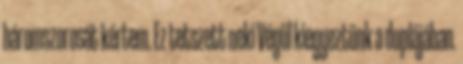
háromszorosát kértem. Ez tetszett neki Végül kiegyeztünk a duplájában.